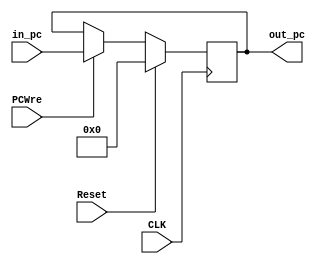
`timescale 1ns / 1ps
//////////////////////////////////////////////////////////////////////////////////
// Company: 
// Engineer: 
// 
// Design Name: 
// Module Name: PC
// Project Name: 
// Target Devices: 
// Tool Versions: 
// Description: 
// 
// Dependencies: 
// 
// Revision:
// Revision 0.01 - File Created
// Additional Comments:
// 
//////////////////////////////////////////////////////////////////////////////////


module PC(
    input wire CLK,
    input wire Reset,
    input wire PCWre,
    input wire [31:0] in_pc,
    output reg [31:0] out_pc
    );
    always @(posedge CLK) begin
        if (Reset) 
        begin
            out_pc = 0;
        end
        else if (PCWre) 
        begin
            out_pc = in_pc;
        end
        else if (!PCWre) 
        // halt
        begin
            out_pc = out_pc;
        end
    end
endmodule